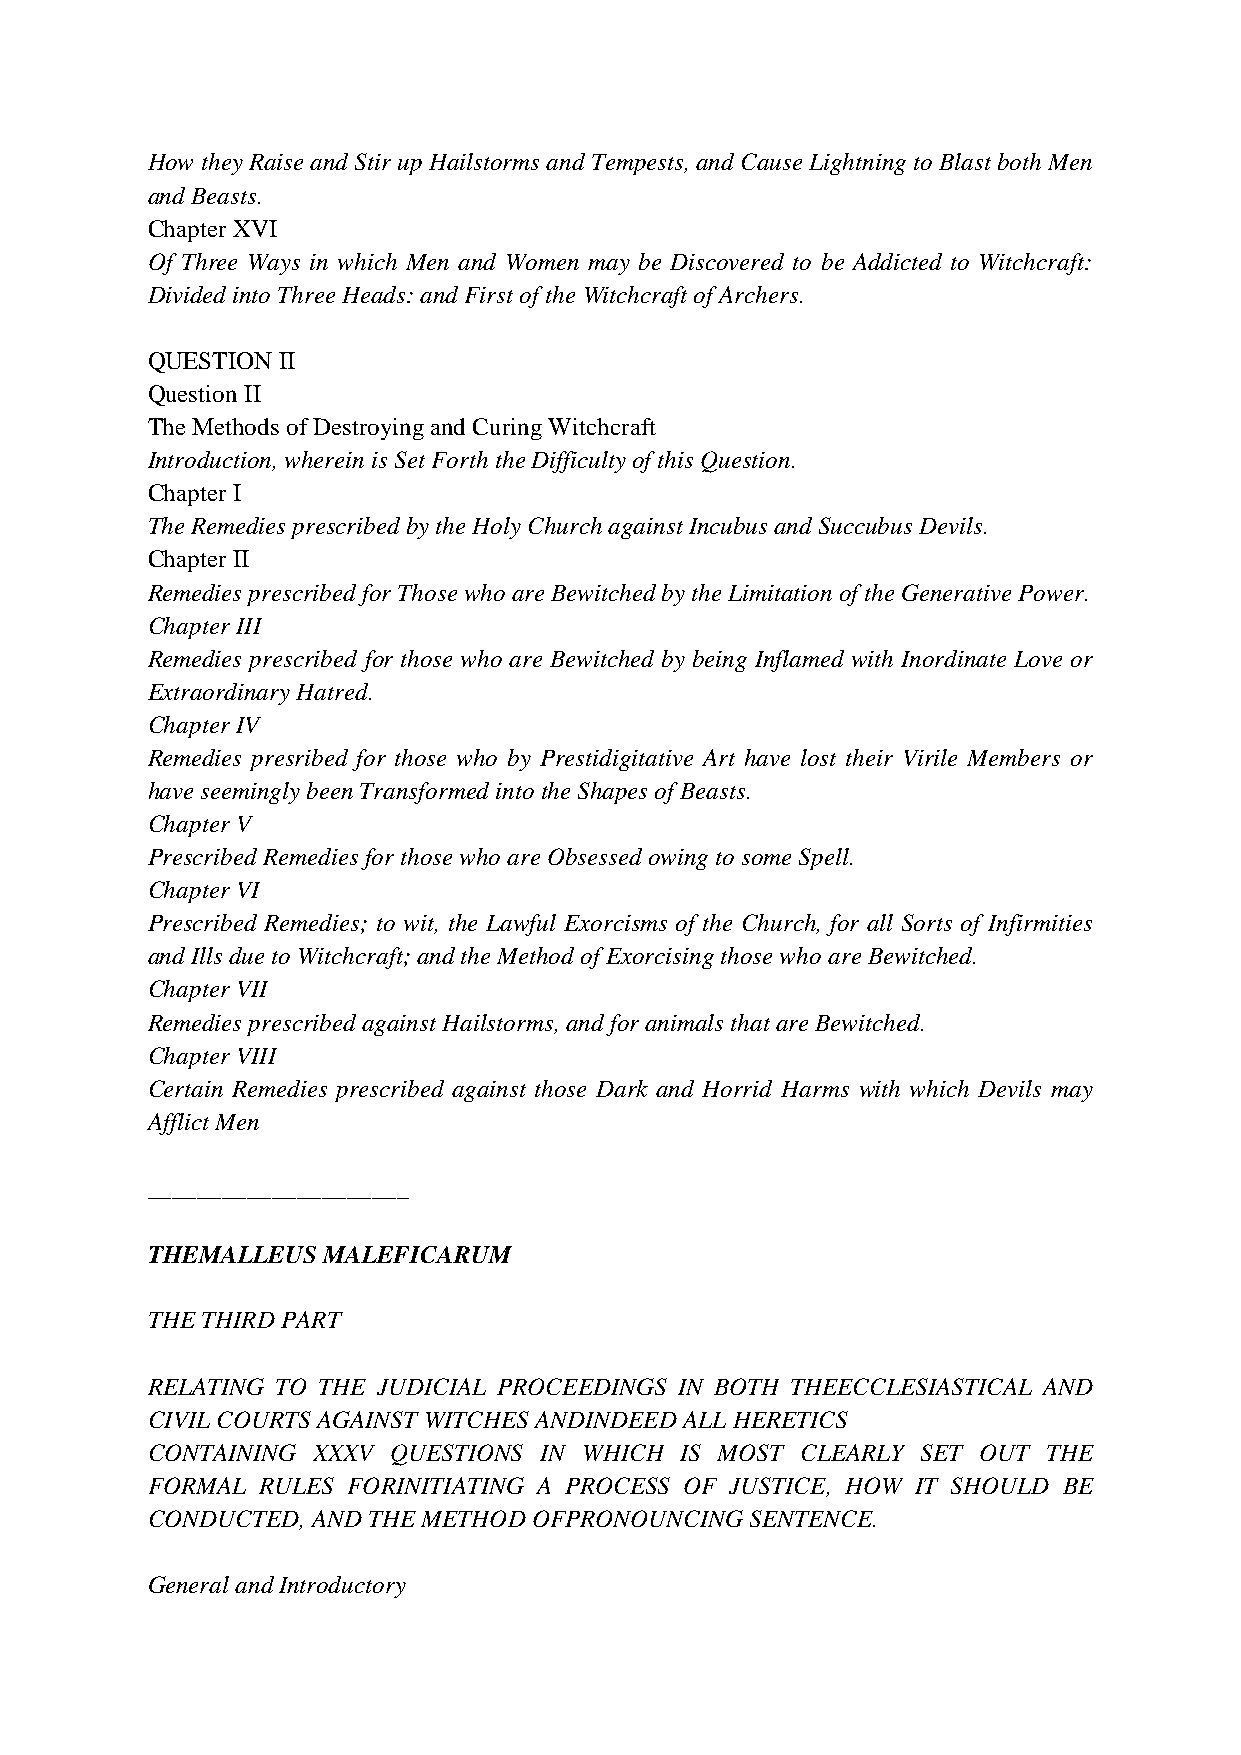
How they Raise and Stir up Hailstorms and Tempests, and Cause Lightning to Blast both Men
 and Beasts.
 Chapter XVI
 Of Three Ways in which Men and Women may be Discovered to be Addicted to Witchcraft:
 Divided into Three Heads: and First of the Witchcraft of Archers.
 QUESTION II
 Question II
 The Methods of Destroying and Curing Witchcraft
 Introduction, wherein is Set Forth the Difficulty of this Question.
 Chapter I
 The Remedies prescribed by the Holy Church against Incubus and Succubus Devils.
 Chapter II
 Remedies prescribed for Those who are Bewitched by the Limitation of the Generative Power.
 Chapter III
 Remedies prescribed for those who are Bewitched by being Inflamed with Inordinate Love or
 Extraordinary Hatred.
 Chapter IV
 Remedies presribed for those who by Prestidigitative Art have lost their Virile Members or
 have seemingly been Transformed into the Shapes of Beasts.
 Chapter V
 Prescribed Remedies for those who are Obsessed owing to some Spell.
 Chapter VI
 Prescribed Remedies; to wit, the Lawful Exorcisms of the Church, for all Sorts of Infirmities
 and Ills due to Witchcraft; and the Method of Exorcising those who are Bewitched.
 Chapter VII
 Remedies prescribed against Hailstorms, and for animals that are Bewitched.
 Chapter VIII
 Certain Remedies prescribed against those Dark and Horrid Harms with which Devils may
 Afflict Men
 _____________________
 THEMALLEUS MALEFICARUM
 THE THIRD PART
 RELATING TO THE JUDICIAL PROCEEDINGS IN BOTH THEECCLESIASTICAL AND
 CIVIL COURTS AGAINST WITCHES ANDINDEED ALL HERETICS
 CONTAINING XXXV QUESTIONS IN WHICH IS MOST CLEARLY SET OUT THE
 FORMAL RULES FORINITIATING A PROCESS OF JUSTICE, HOW IT SHOULD BE
 CONDUCTED, AND THE METHOD OFPRONOUNCING SENTENCE.
 General and Introductory